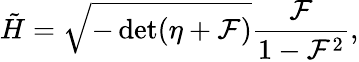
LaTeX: {\tilde{H}}=\sqrt{-\operatorname*{det}(\eta+{\cal F})}\frac{{\cal F}}{1-{\cal F}^{2}},